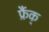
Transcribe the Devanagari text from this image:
फ्रैंक्